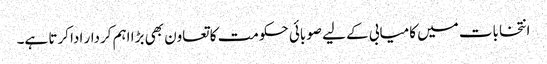
انتخابات میں کامیابی کے لیے صوبائی حکومت کا تعاون بھی بڑا اہم کردار ادا کرتا ہے۔